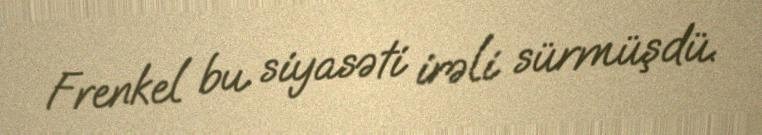
Frenkel bu siyasəti irəli sürmüşdü.